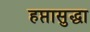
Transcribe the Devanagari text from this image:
हप्तासुद्धा